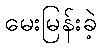
မေးမြန်းခဲ့